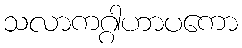
သလာကဂ္ဂါဟာပကော